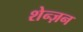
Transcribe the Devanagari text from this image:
शेन्ज़न